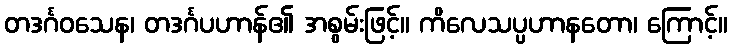
တဒင်္ဂဝသေန၊ တဒင်္ဂပဟာန်၏ အစွမ်းဖြင့်။ ကိလေသပ္ပဟာနတော၊ ကြောင့်။